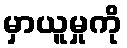
မှာယူမှုကို